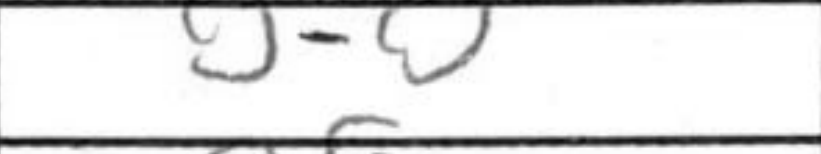
Transcription: O-O